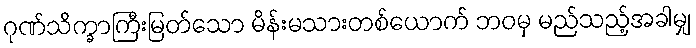
ဂုဏ်သိက္ခာကြီးမြတ်သော မိန်းမသားတစ်ယောက် ဘဝမှ မည်သည့်အခါမျှ